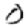
Digit: 0